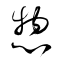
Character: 惣